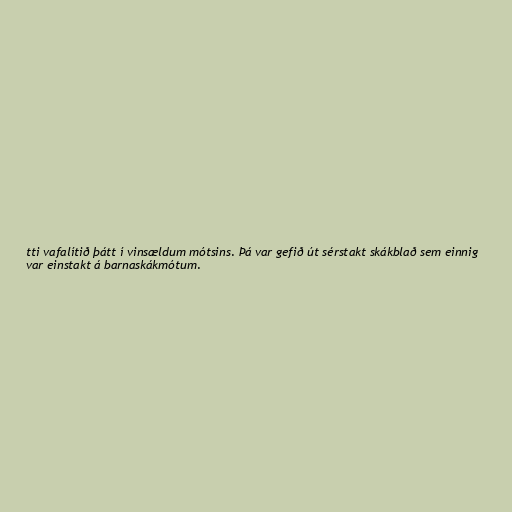
tti vafalítið þátt í vinsældum mótsins. Þá var gefið út sérstakt skákblað sem einnig
var einstakt á barnaskákmótum.